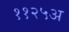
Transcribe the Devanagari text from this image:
११२५अ